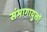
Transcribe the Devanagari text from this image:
संभागायुक्तों